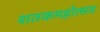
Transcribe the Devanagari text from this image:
शतकमहोत्सव